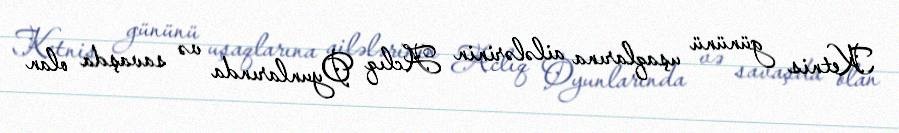
Ketnis gününü uşaqlarına ailələrinin Aclıq Oyunlarında və savaşda olan